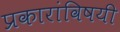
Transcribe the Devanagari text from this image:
प्रकारांविषयी